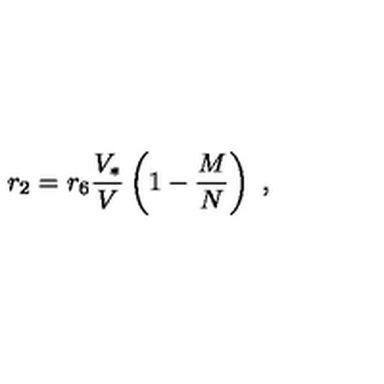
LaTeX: r _ { 2 } = r _ { 6 } { \frac { V _ { * } } { V } } \left( 1 - { \frac { M } { N } } \right) \ ,